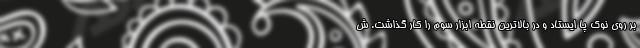
بر روی نوک پا ایستاد و در بالاترین نقطه ابزار سوم را کار گذاشت. ش